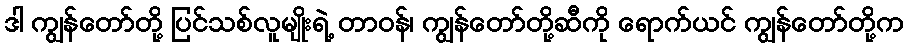
ဒါ ကျွန်တော်တို့ ပြင်သစ်လူမျိုးရဲ့ တာဝန်၊ ကျွန်တော်တို့ဆီကို ရောက်ယင် ကျွန်တော်တို့က